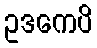
ဥဒကေပိ